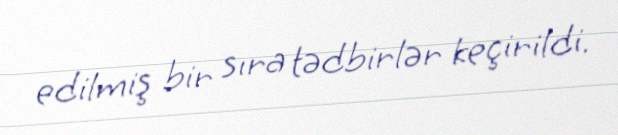
edilmiş bir sıra tədbirlər keçirildi.